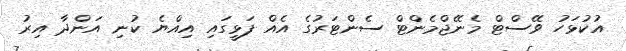
އުކުޅަހު ވޭސްޓް މެނޭޖްމެންޓް ސެންޓަރުގެ އެއް ފަޅީގައި އިއްޔެ ކުނި އަންދާ އިރު